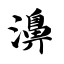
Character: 濞